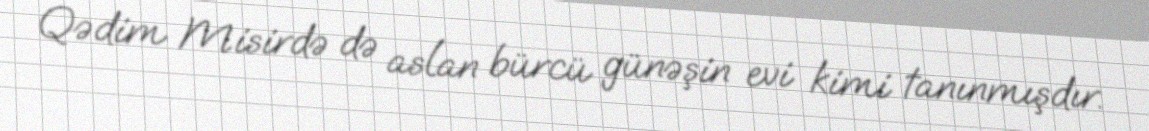
Qədim Misirdə də aslan bürcü günəşin evi kimi tanınmışdır.